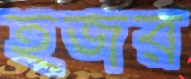
হজর